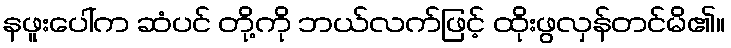
နဖူးပေါ်က ဆံပင် တို့ကို ဘယ်လက်ဖြင့် ထိုးဖွလှန်တင်မိ၏။